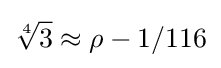
{\sqrt[{4}]{3}}\approx \rho -1/116